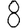
Digit: 8